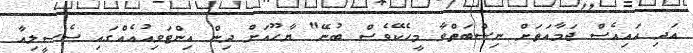
އަދި އައިއެސް ޖަމާއަތަށް ނިސްބަތްވާ މީހެކޭވެސް ބުނޭ" ޔާހޫއަށް ދިން އިންޓަވިއުއެއްގައި ސެސީލިއާ